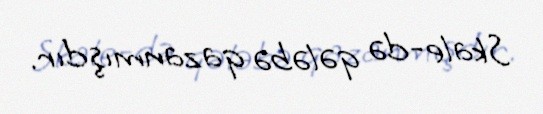
Skale-də qələbə qazanmışdır.